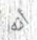
أنه